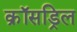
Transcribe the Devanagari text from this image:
क्रॉसड्रिल